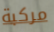
مركبة